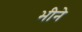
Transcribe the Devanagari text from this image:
भीने